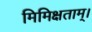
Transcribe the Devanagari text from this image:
मिमिक्षताम्।